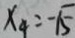
x _ { 4 } = - \sqrt { 5 }